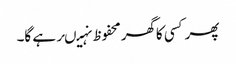
پھرکسی کاگھرمحفوظ نہیںرہے گا۔